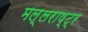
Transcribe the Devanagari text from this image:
मल्लराष्ट्र